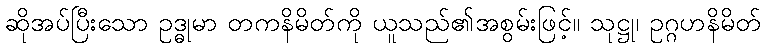
ဆိုအပ်ပြီးသော ဥဒ္ဓုမာ တကနိမိတ်ကို ယူသည်၏အစွမ်းဖြင့်။ သုဋ္ဌု၊ ဥဂ္ဂဟနိမိတ်